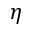
\eta